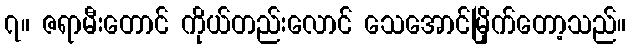
၇။ ဇရာမီးတောင် ကိုယ်တည်းလောင် သေအောင်မြိုက်တော့သည်။